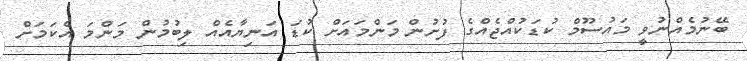
ބޭނުމެއްނުވީ މައުސޫމް ކުޑަކުއްޖެއްގެ ފުށުން މަންމައަށް ކުޑަ އަނިޔާއެއް ލިބުމުން މަންމަ އެކަމަށް